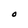
Character: O